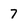
Character: 7